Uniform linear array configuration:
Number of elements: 4
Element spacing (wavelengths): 0.25
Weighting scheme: uniform
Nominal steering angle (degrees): -60
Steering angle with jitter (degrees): -59.671
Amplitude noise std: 0.05
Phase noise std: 0.05

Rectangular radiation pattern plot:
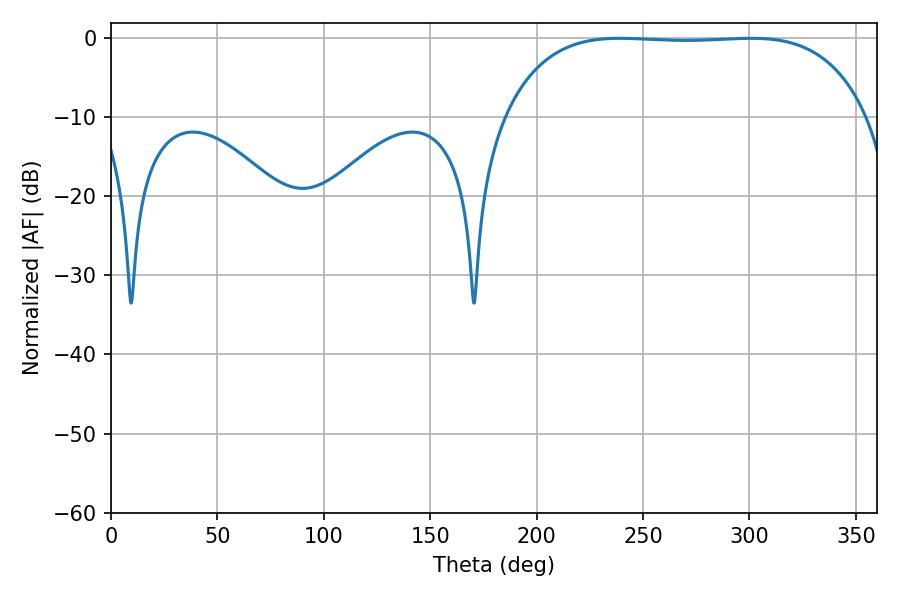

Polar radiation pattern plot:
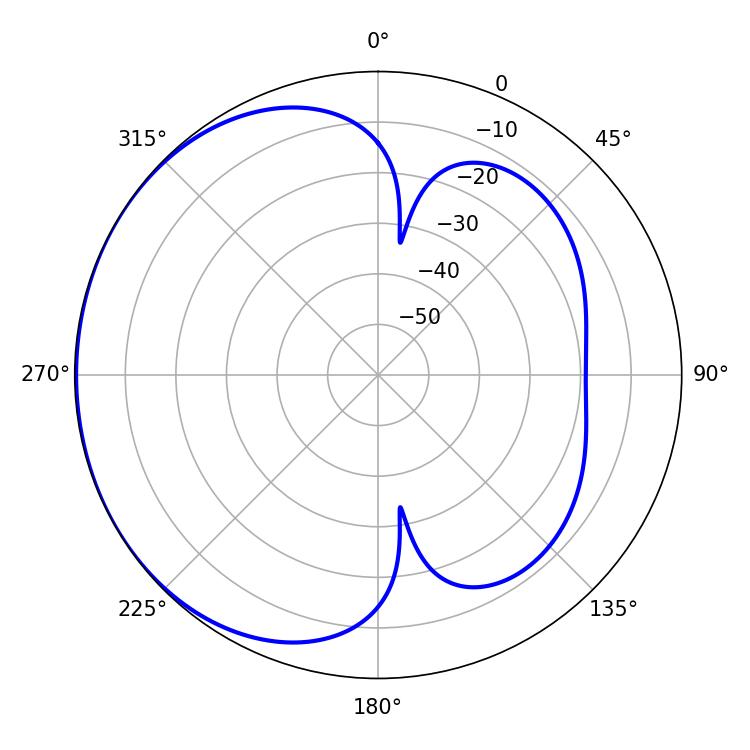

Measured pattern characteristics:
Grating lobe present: FALSE
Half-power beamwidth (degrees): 133.2
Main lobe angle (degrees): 239.04